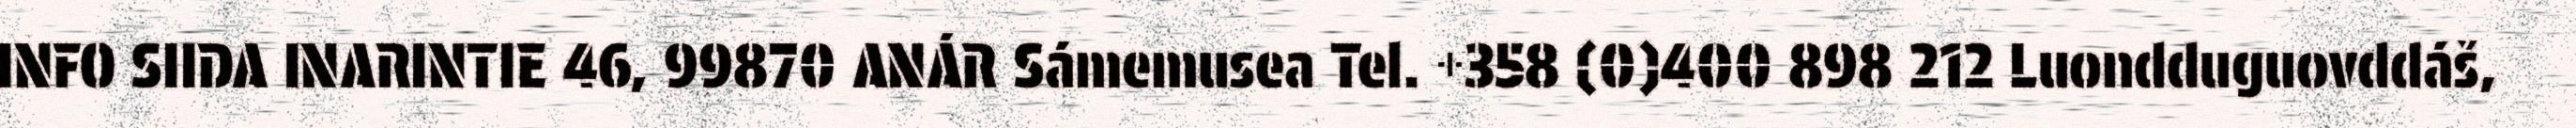
INFO SIIDA INARINTIE 46, 99870 ANÁR Sámemusea Tel. +358 (0)400 898 212 Luondduguovddáš,